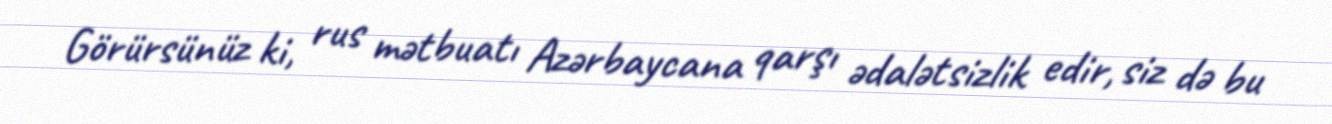
Görürsünüz ki, rus mətbuatı Azərbaycana qarşı ədalətsizlik edir, siz də bu